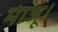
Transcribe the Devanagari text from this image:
माजू।